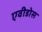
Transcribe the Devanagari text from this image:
एवीडोस